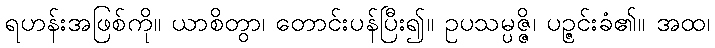
ရဟန်းအဖြစ်ကို။ ယာစိတွာ၊ တောင်းပန်ပြီး၍။ ဥပသမ္ပဇ္ဇိ၊ ပဉ္ဇင်းခံ၏။ အထ၊